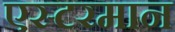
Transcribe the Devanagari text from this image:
एस्टरमान